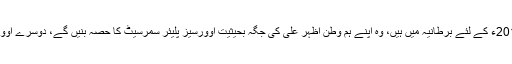
بابر اعظم ان دنوں انگلینڈ کے خلاف سیریز اور کرکٹ ورلڈکپ 2019ء کے لئے برطانیہ میں ہیں، وہ اپنے ہم وطن اظہر علی کی جگہ بحیثیت اوورسیز پلیئر سمرسیٹ کا حصہ بنیں گے، دوسرے اوورسیز کھلاڑی میں ویسٹ انڈیز کے فاسٹ بولر جیرم ٹیلر شامل ہیں۔